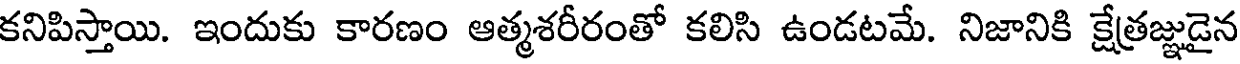
కనిపిస్తాయి. ఇందుకు కారణం ఆత్మశరీరంతో కలిసి ఉండటమే. నిజానికి క్షేత్రజ్ఞుడైన